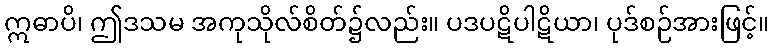
ဣဓာပိ၊ ဤဒသမ အကုသိုလ်စိတ်၌လည်း။ ပဒပဋိပါဋိယာ၊ ပုဒ်စဉ်အားဖြင့်။